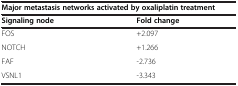
<table><thead><tr><td colspan="2"><b>Major metastasis networks activated by oxaliplatin treatment</b></td></tr><tr><td><b>Signaling node</b></td><td><b>Fold change</b></td></tr></thead><tbody><tr><td>FOS</td><td>+2.097</td></tr><tr><td>NOTCH</td><td>+1.266</td></tr><tr><td>FAF</td><td>-2.736</td></tr><tr><td>VSNL1</td><td>-3.343</td></tr></tbody></table>